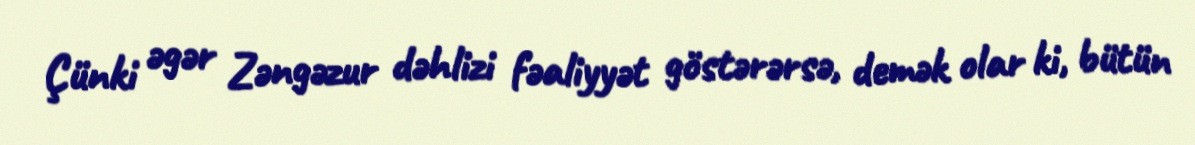
Çünki əgər Zəngəzur dəhlizi fəaliyyət göstərərsə, demək olar ki, bütün